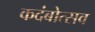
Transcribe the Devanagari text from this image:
कदंबोत्सव